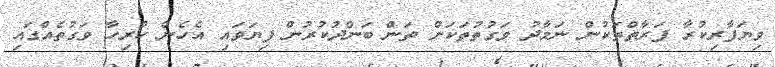
ވިޔަފާރިކުރާ ފަރާތްތަކުން ނަމާދު ވަގުތުތަކަށް ތަން ބަންދުކުރުން ފިޔަވައި އެހެން ހުރިހާ ވަގުތެއްގައި